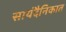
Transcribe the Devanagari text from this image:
सायंदैनिकात